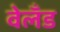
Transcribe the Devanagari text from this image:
वेलँड